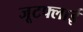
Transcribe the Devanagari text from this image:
जूटफ्लाई